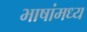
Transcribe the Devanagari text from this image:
भाषांमध्य